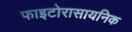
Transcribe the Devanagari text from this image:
फाइटोरासायनिक